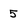
Character: 5